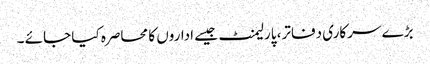
بڑے سرکاری دفاتر، پارلیمنٹ جیسے اداروں کا محاصرہ کیا جائے ۔